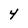
Character: 4